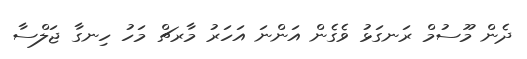
ދެން މޫސުމް ރަނގަޅު ވެގެން އަންނަ އަހަރު މާރޗް މަހު ހިނގާ ޖަލްސާ